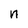
Character: n